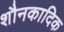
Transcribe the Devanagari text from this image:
शौनकादिक